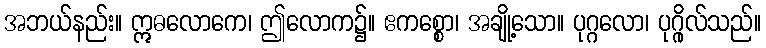
အဘယ်နည်း။ ဣဓလောကေ၊ ဤလောက၌။ ဧကစ္စော၊ အချို့သော။ ပုဂ္ဂလော၊ ပုဂ္ဂိုလ်သည်။